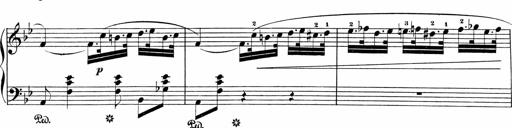
Title: Sonatinen Op.47, 98 und 136, nebst 6 Liedersonatinen
Composer: Carl Reinecke